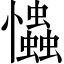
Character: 𢥞